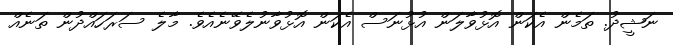
ނަޝީދު. ތަމެން އެކަން އޮޅުވާލަން އުޅުނަސް އެކަން އޮޅުވާނުލެވޭނެއެވެ. މާލެ ސަރަހައްދުން ތަނެއް